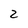
Character: 2